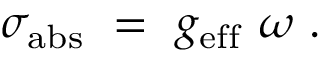
\sigma _ { \mathrm { a b s } } ~ = ~ g _ { \mathrm { e f f } } ~ \omega ~ .